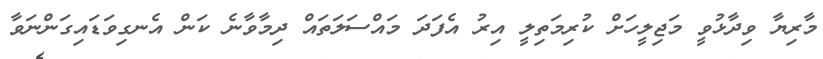
މާރިޔާ ވިދާޅުވީ މަޖިލީހަށް ކުރިމަތިލީ އިރު އެފަދަ މައްސަލަތައް ދިމާވާނެ ކަން އެނގިވަޑައިގަންނަވާ